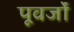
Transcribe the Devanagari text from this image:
पूवर्जों